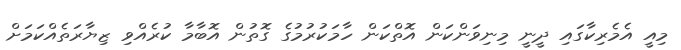
މިއީ އެމެރިކާގައި ދީނީ މިނިވަންކަން އޮތްކަން ހާމަކުރުމުގެ ގޮތުން އޮބާމާ ކުރެއްވި ޒިޔާރަތެއްކަމަށް